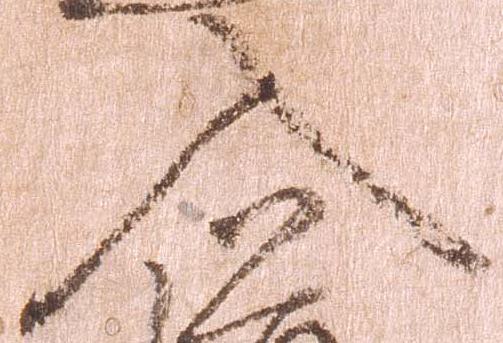
入